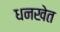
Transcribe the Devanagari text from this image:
धनखेत